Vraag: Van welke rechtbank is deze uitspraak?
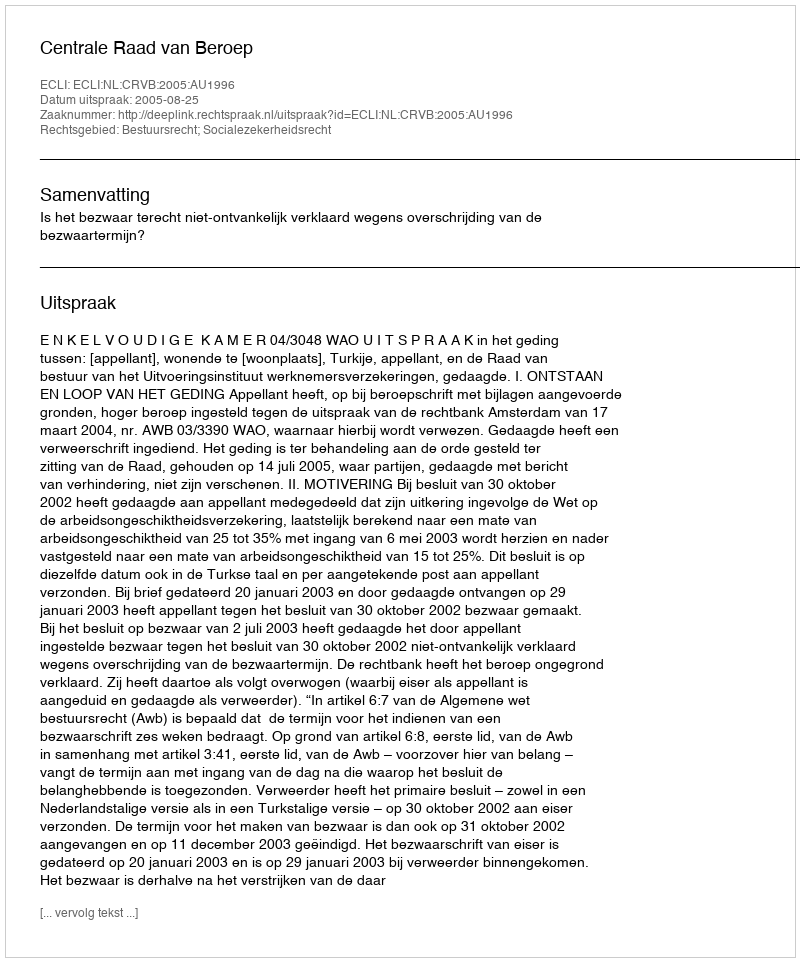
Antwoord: Centrale Raad van Beroep